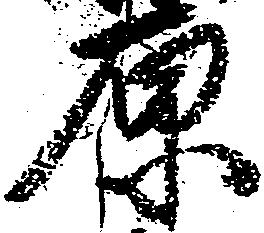
原